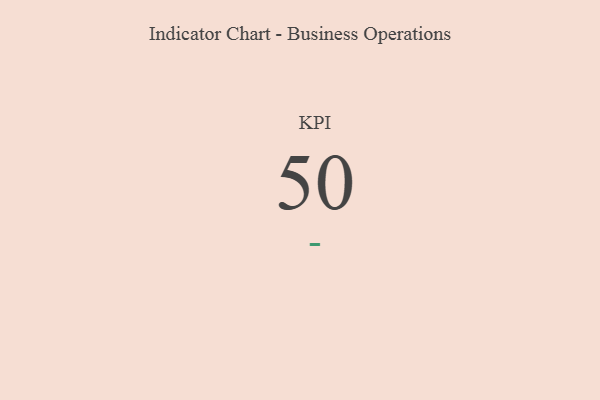
{"axis": {"x": "KPI", "y": "Value"}, "legend": [""], "data": [{"x": "KPI", "y": 50, "type": ""}]}